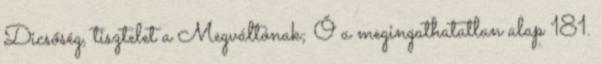
Dicsőség, tisztelet a Megváltónak; Ő a megingathatatlan alap 181.